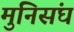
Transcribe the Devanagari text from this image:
मुनिसंघ